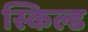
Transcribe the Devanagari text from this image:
स्किल्ड